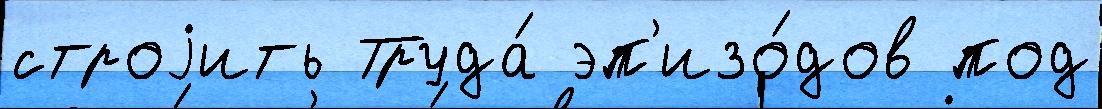
строjить Труда́ эп'изо́дов под